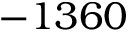
- 1 3 6 0